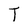
Character: T